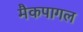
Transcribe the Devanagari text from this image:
मैकपागल